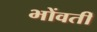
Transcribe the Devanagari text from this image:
भोंवतीं